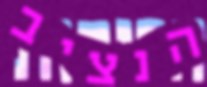
הנציב